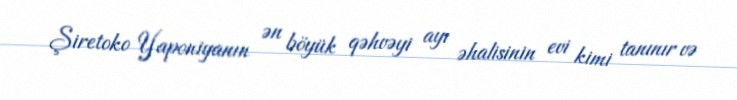
Şiretoko Yaponiyanın ən böyük qəhvəyi ayı əhalisinin evi kimi tanınır və